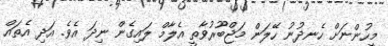
މީހުންނަށް ހެނދުނު ހޭލަން މަޖްބޫރުވާތީ އެލާމް ލައިގެން ނިދަ އެވެ. އަދި އެތައް